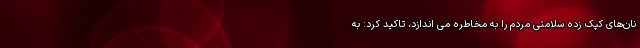
نان‌های کپک زده سلامتی مردم را به مخاطره می اندازد، تاکید کرد: به